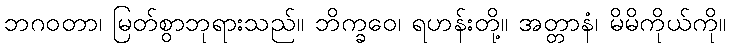
ဘဂဝတာ၊ မြတ်စွာဘုရားသည်။ ဘိက္ခဝေ၊ ရဟန်းတို့။ အတ္တာနံ၊ မိမိကိုယ်ကို။